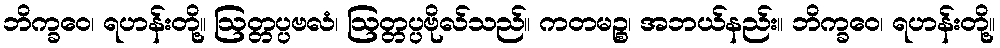
ဘိက္ခဝေ၊ ရဟန်းတို့။ ဩတ္တပ္ပဗလံ၊ ဩတ္တပ္ပဗိုလ်သည်။ ကတမဉ္စ၊ အဘယ်နည်း။ ဘိက္ခဝေ၊ ရဟန်းတို့။